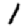
Digit: 1